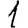
Digit: 1